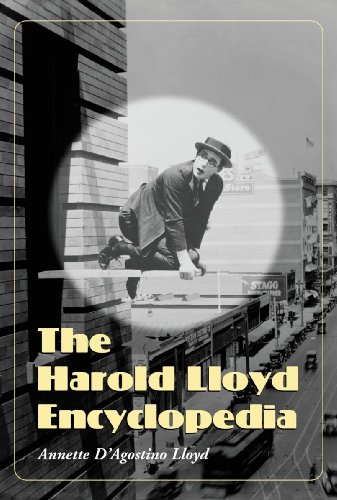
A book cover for The Harold Lloyd Encyclopedia; Annette D'Agostino Lloyd; Humor & Entertainment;